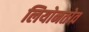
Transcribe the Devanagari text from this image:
लियोनतोव